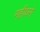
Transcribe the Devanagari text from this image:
महीधरो